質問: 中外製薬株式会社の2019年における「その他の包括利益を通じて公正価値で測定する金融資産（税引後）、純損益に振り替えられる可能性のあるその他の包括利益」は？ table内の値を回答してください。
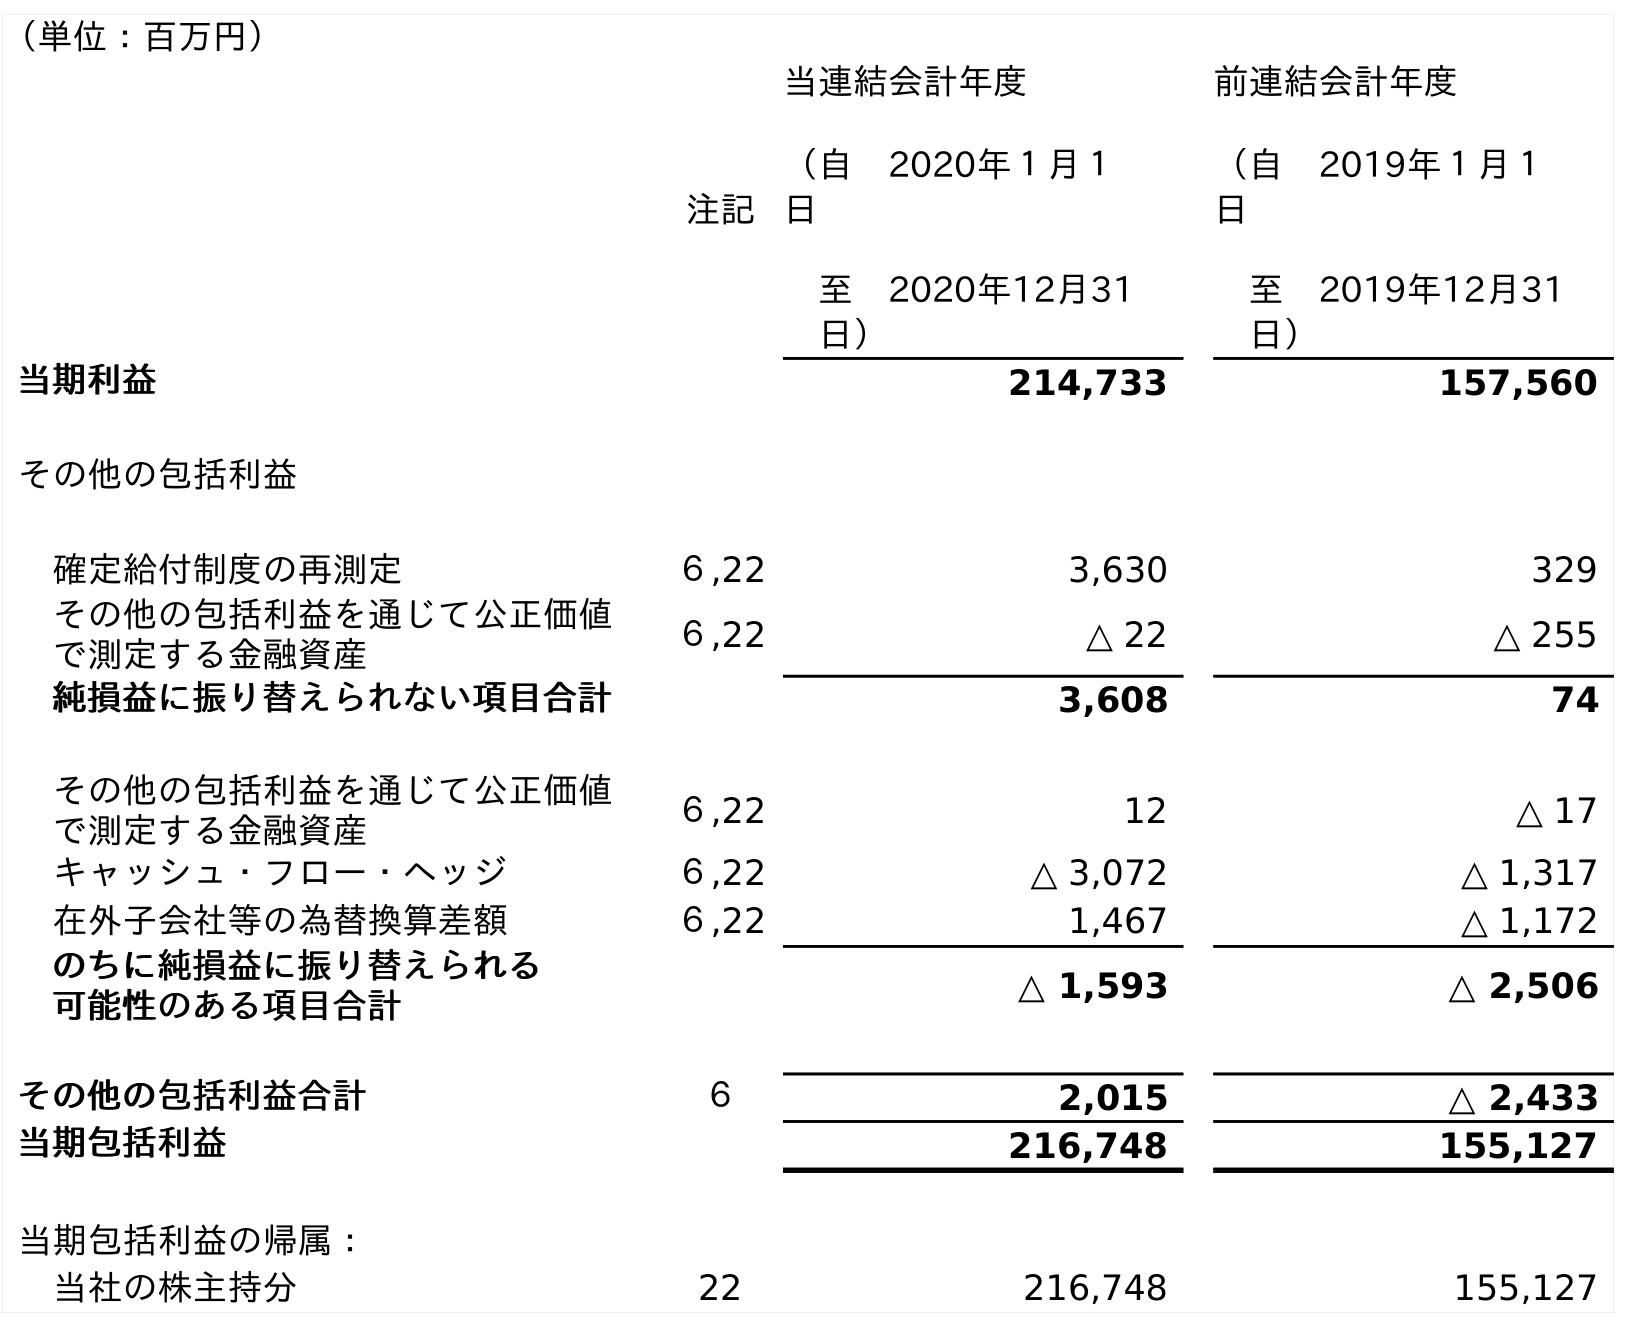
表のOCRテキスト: （単位：百万円） 注記 当連結会計年度 （自 2020年１月１ 日 至 2020年12月31 日） 前連結会計年度 （自 2019年１月１ 日 至 2019年12月31 日） 当期利益 214,733 157,560 その他の包括利益 確定給付制度の再測定 ６,22 3,630 329 その他の包括利益を通じて公正価値 で測定する金融資産 ６,22 △ 22 △ 255 純損益に振り替えられない項目合計 3,608 74 その他の包括利益を通じて公正価値 で測定する金融資産 ６,22 12 △ 17 キャッシュ・フロー・ヘッジ ６,22 △ 3,072 △ 1,317 在外子会社等の為替換算差額 ６,22 1,467 △ 1,172 のちに純損益に振り替えられる 可能性のある項目合計 △ 1,593 △ 2,506 その他の包括利益合計 ６ 2,015 △ 2,433 当期包括利益 216,748 155,127 当期包括利益の帰属： 当社の株主持分 22 216,748 155,127
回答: △17